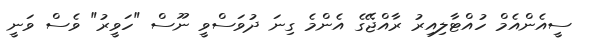
ސީއެންއެމް ހުއްޓާލިއިރު ރާއްޖޭގެ އެންމެ ގިނަ ދުވަސްވީ ނޫސް "ހަވީރު" ވެސް ވަނީ